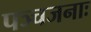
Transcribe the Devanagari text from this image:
पञ्चजनाः